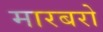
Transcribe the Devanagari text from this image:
मारबरो